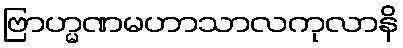
ဗြာဟ္မဏမဟာသာလကုလာနိ